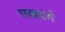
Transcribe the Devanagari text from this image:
एकरंगे